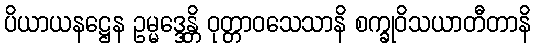
ပိယာယနဋ္ဌေန ဥမ္မဒ္ဒေန္တိ ဝုတ္တာဝသေသာနိ စက္ခုဝိသယာတီတာနိ